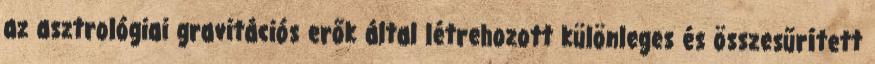
az asztrológiai gravitációs erők által létrehozott különleges és összesűrített